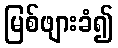
မြစ်ဖျားခံ၍